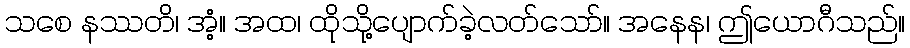
သစေ နဿတိ၊ အံ့။ အထ၊ ထိုသို့ပျောက်ခဲ့လတ်သော်။ အနေန၊ ဤယောဂီသည်။